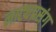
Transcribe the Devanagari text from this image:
नाट्यप्रसंग